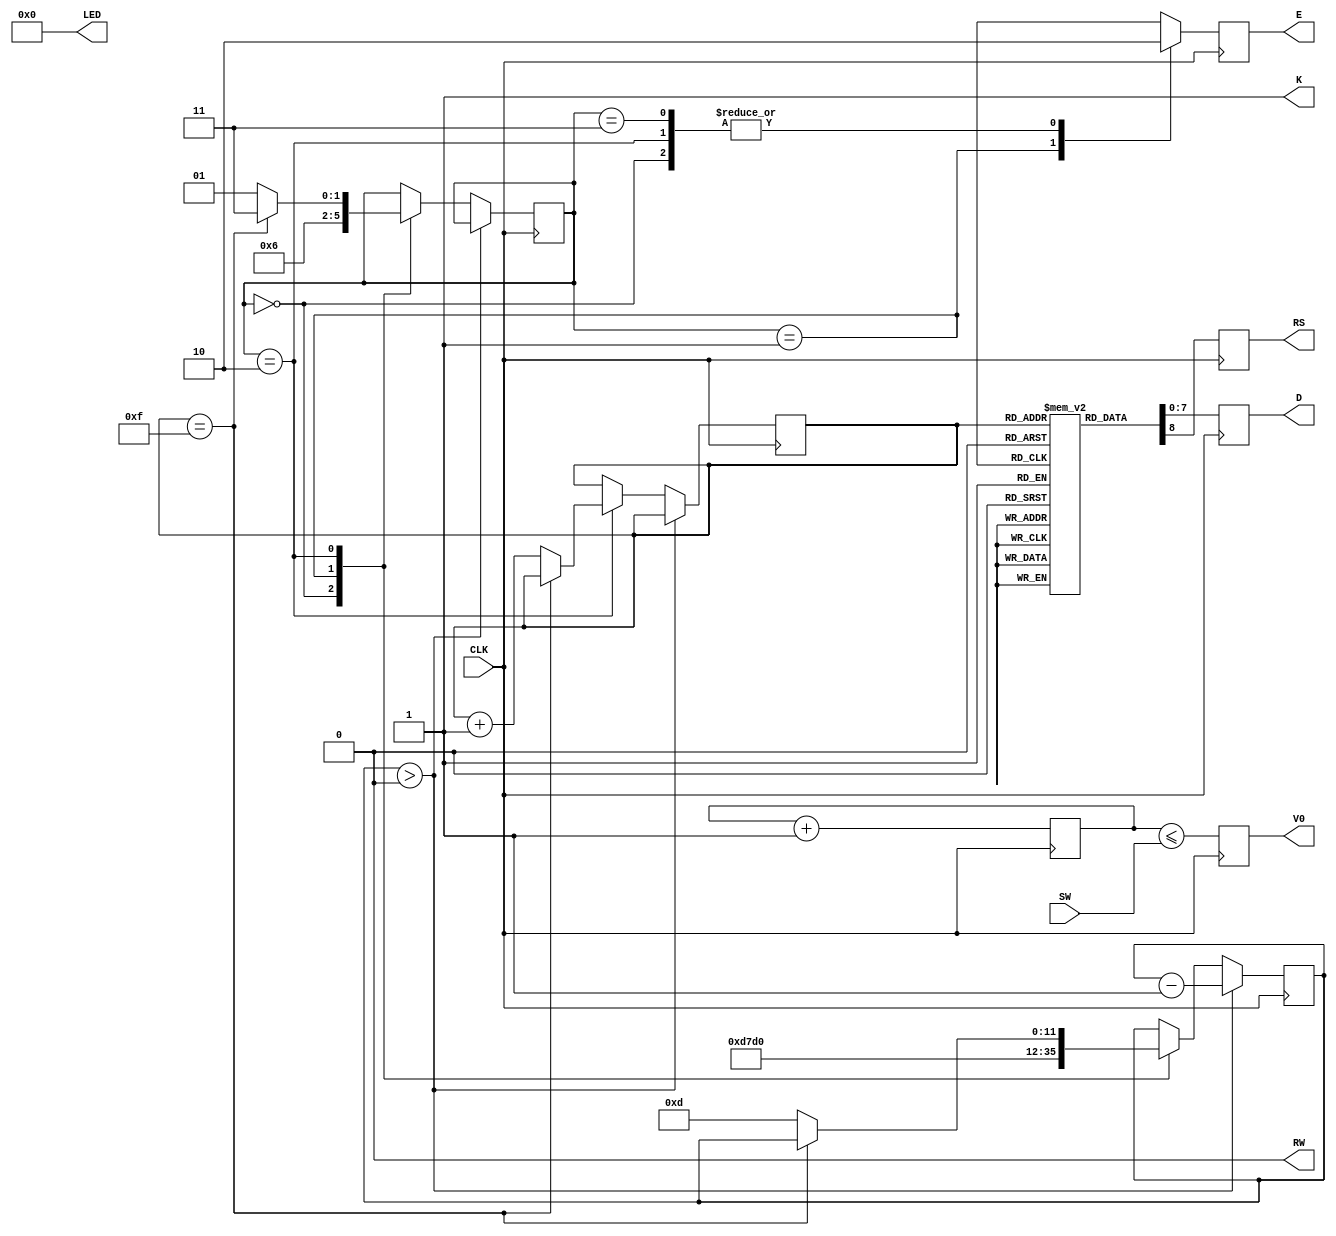
module ctr(
	input wire CLK,
	input wire [7:0] SW,
	output reg V0,
	output reg RS,
	output wire RW,
	output reg E,
	output reg [7:0] D,
	output wire K,
	output wire [7:0] LED
);

localparam STATE_START = 2'b00;
localparam STATE_HIGH = 2'b01;
localparam STATE_LOW = 2'b10;
localparam STATE_END = 2'b11;

assign RW = 0;
assign LED = 0;
assign K = 1;

reg [8:0] data [0:15];

initial begin
	data[4'h0] <= 9'h038;
	data[4'h1] <= 9'h00f;
	data[4'h2] <= 9'h080;
	data[4'h3] <= 9'h148;
	data[4'h4] <= 9'h165;
	data[4'h5] <= 9'h16c;
	data[4'h6] <= 9'h16c;
	data[4'h7] <= 9'h16f;
	data[4'h8] <= 9'h12c;
	data[4'h9] <= 9'h120;
	data[4'ha] <= 9'h177;
	data[4'hb] <= 9'h16f;
	data[4'hc] <= 9'h172;
	data[4'hd] <= 9'h16c;
	data[4'he] <= 9'h164;
	data[4'hf] <= 9'h121;
end

reg [1:0] state;
reg [11:0] wctr;
reg [3:0] addr;

initial state = STATE_START;
initial wctr = 12'hfff;
initial addr = 0;
initial RS = 0;
initial D = 0;
initial E = 0;

always @(posedge CLK) begin
	if (wctr > 0) begin
		wctr <= wctr - 1;
	end else begin
		case (state)
		STATE_START: begin
			state <= STATE_HIGH;
			wctr <= 13;
		end
		STATE_HIGH: begin
			state <= STATE_LOW;
			wctr <= 50 * 40;
		end
		STATE_LOW: begin
			if (addr == 4'hf) begin
				state <= STATE_END;
			end else begin
				addr <= addr + 1;
				state <= STATE_HIGH;
				wctr <= 13;
			end
		end
		STATE_END: begin
		end
		endcase
	end
end

always @(posedge CLK) begin
	{RS, D} <= data[addr];
	case (state)
	STATE_START: begin
		E <= 0;
	end
	STATE_HIGH: begin
		E <= 1;
	end
	STATE_LOW: begin
		E <= 0;
	end
	STATE_END: begin
		E <= 0;
	end
	endcase
end

reg [7:0] ctr;


always @(posedge CLK) begin
	ctr <= ctr + 1;
	V0 <= ctr[7:0] <= SW;
end

endmodule